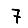
Digit: 7